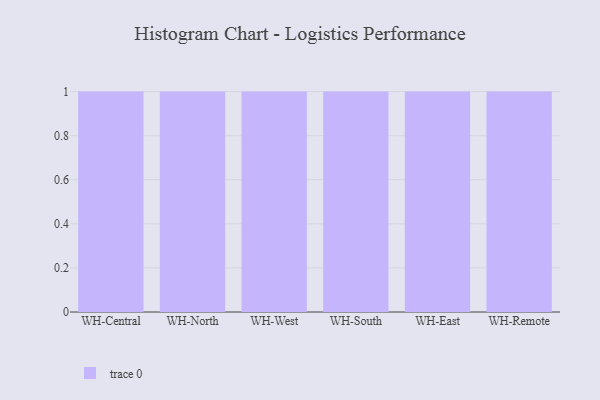
{"axis": {"x": "Warehouse", "y": "Inventory Turnover"}, "legend": [""], "data": [{"x": "WH-Central", "y": 22, "type": ""}, {"x": "WH-North", "y": 38, "type": ""}, {"x": "WH-West", "y": 65, "type": ""}, {"x": "WH-South", "y": 33, "type": ""}, {"x": "WH-East", "y": 93, "type": ""}, {"x": "WH-Remote", "y": 87, "type": ""}]}